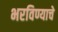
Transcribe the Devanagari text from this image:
भरविण्याचे